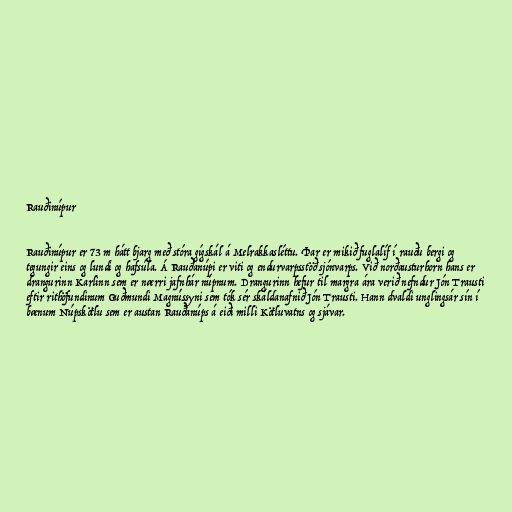
Rauðinúpur

Rauðinúpur er 73 m hátt bjarg með stóra gígskál á Melrakkasléttu. Þar er mikið fuglalíf í rauðu bergi og
tegungir eins og lundi og hafsúla. Á Rauðanúpi er viti og endurvarpsstöð sjónvarps. Við norðausturhorn hans er
drangurinn Karlinn sem er nærri jafnhár núpnum. Drangurinn hefur til margra ára verið nefndur Jón Trausti
eftir rithöfundinum Guðmundi Magnússyni sem tók sér skáldanafnið Jón Trausti. Hann dvaldi unglingsár sín í
bænum Núpskötlu sem er austan Rauðanúps á eiði milli Kötluvatns og sjávar.